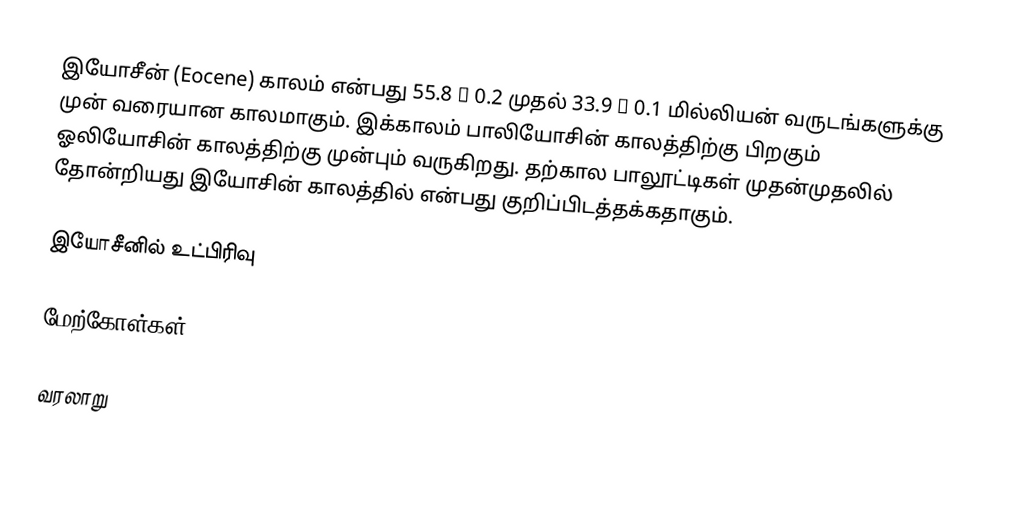
இயோசீன் (Eocene) காலம் என்பது 55.8 ± 0.2 முதல் 33.9 ± 0.1 மில்லியன் வருடங்களுக்கு முன் வரையான காலமாகும். இக்காலம் பாலியோசின் காலத்திற்கு பிறகும் ஓலியோசின் காலத்திற்கு முன்பும் வருகிறது. தற்கால பாலூட்டிகள் முதன்முதலில் தோன்றியது இயோசின் காலத்தில் என்பது குறிப்பிடத்தக்கதாகும்.

இயோசீனில் உட்பிரிவு

மேற்கோள்கள்

வரலாறு